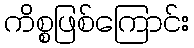
ကိစ္စဖြစ်ကြောင်း